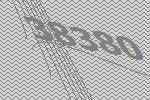
38380